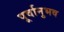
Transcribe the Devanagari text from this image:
पूर्वानुभव